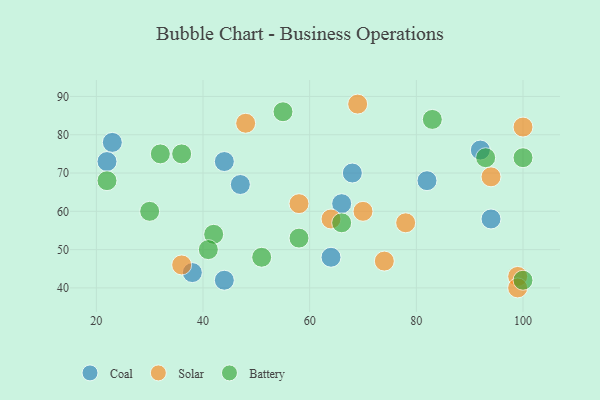
{"axis": {"x": "GDP", "y": "Life Expectancy"}, "legend": ["Battery", "Coal", "Solar"], "data": [{"x": "22", "y": 73, "type": "Coal"}, {"x": "47", "y": 67, "type": "Coal"}, {"x": "92", "y": 76, "type": "Coal"}, {"x": "82", "y": 68, "type": "Coal"}, {"x": "94", "y": 58, "type": "Coal"}, {"x": "68", "y": 70, "type": "Coal"}, {"x": "66", "y": 62, "type": "Coal"}, {"x": "64", "y": 48, "type": "Coal"}, {"x": "44", "y": 42, "type": "Coal"}, {"x": "23", "y": 78, "type": "Coal"}, {"x": "44", "y": 73, "type": "Coal"}, {"x": "38", "y": 44, "type": "Coal"}, {"x": "36", "y": 46, "type": "Solar"}, {"x": "58", "y": 62, "type": "Solar"}, {"x": "69", "y": 88, "type": "Solar"}, {"x": "78", "y": 57, "type": "Solar"}, {"x": "99", "y": 43, "type": "Solar"}, {"x": "70", "y": 60, "type": "Solar"}, {"x": "99", "y": 40, "type": "Solar"}, {"x": "94", "y": 69, "type": "Solar"}, {"x": "48", "y": 83, "type": "Solar"}, {"x": "74", "y": 47, "type": "Solar"}, {"x": "64", "y": 58, "type": "Solar"}, {"x": "100", "y": 82, "type": "Solar"}, {"x": "32", "y": 75, "type": "Battery"}, {"x": "93", "y": 74, "type": "Battery"}, {"x": "22", "y": 68, "type": "Battery"}, {"x": "100", "y": 42, "type": "Battery"}, {"x": "55", "y": 86, "type": "Battery"}, {"x": "66", "y": 57, "type": "Battery"}, {"x": "30", "y": 60, "type": "Battery"}, {"x": "42", "y": 54, "type": "Battery"}, {"x": "58", "y": 53, "type": "Battery"}, {"x": "83", "y": 84, "type": "Battery"}, {"x": "36", "y": 75, "type": "Battery"}, {"x": "100", "y": 74, "type": "Battery"}, {"x": "51", "y": 48, "type": "Battery"}, {"x": "41", "y": 50, "type": "Battery"}]}